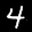
Label: 4